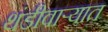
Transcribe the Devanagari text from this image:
थंडीवाऱ्यात